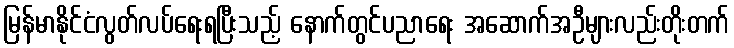
မြန်မာနိုင်ငံလွတ်လပ်ရေးရပြီးသည့် နောက်တွင်ပညာရေး အဆောက်အဦများလည်းတိုးတက်